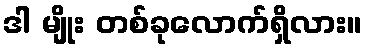
ဒါ မျိုး တစ်ခုလောက်ရှိလား။